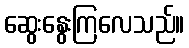
ဆွေးနွေးကြလေသည်။